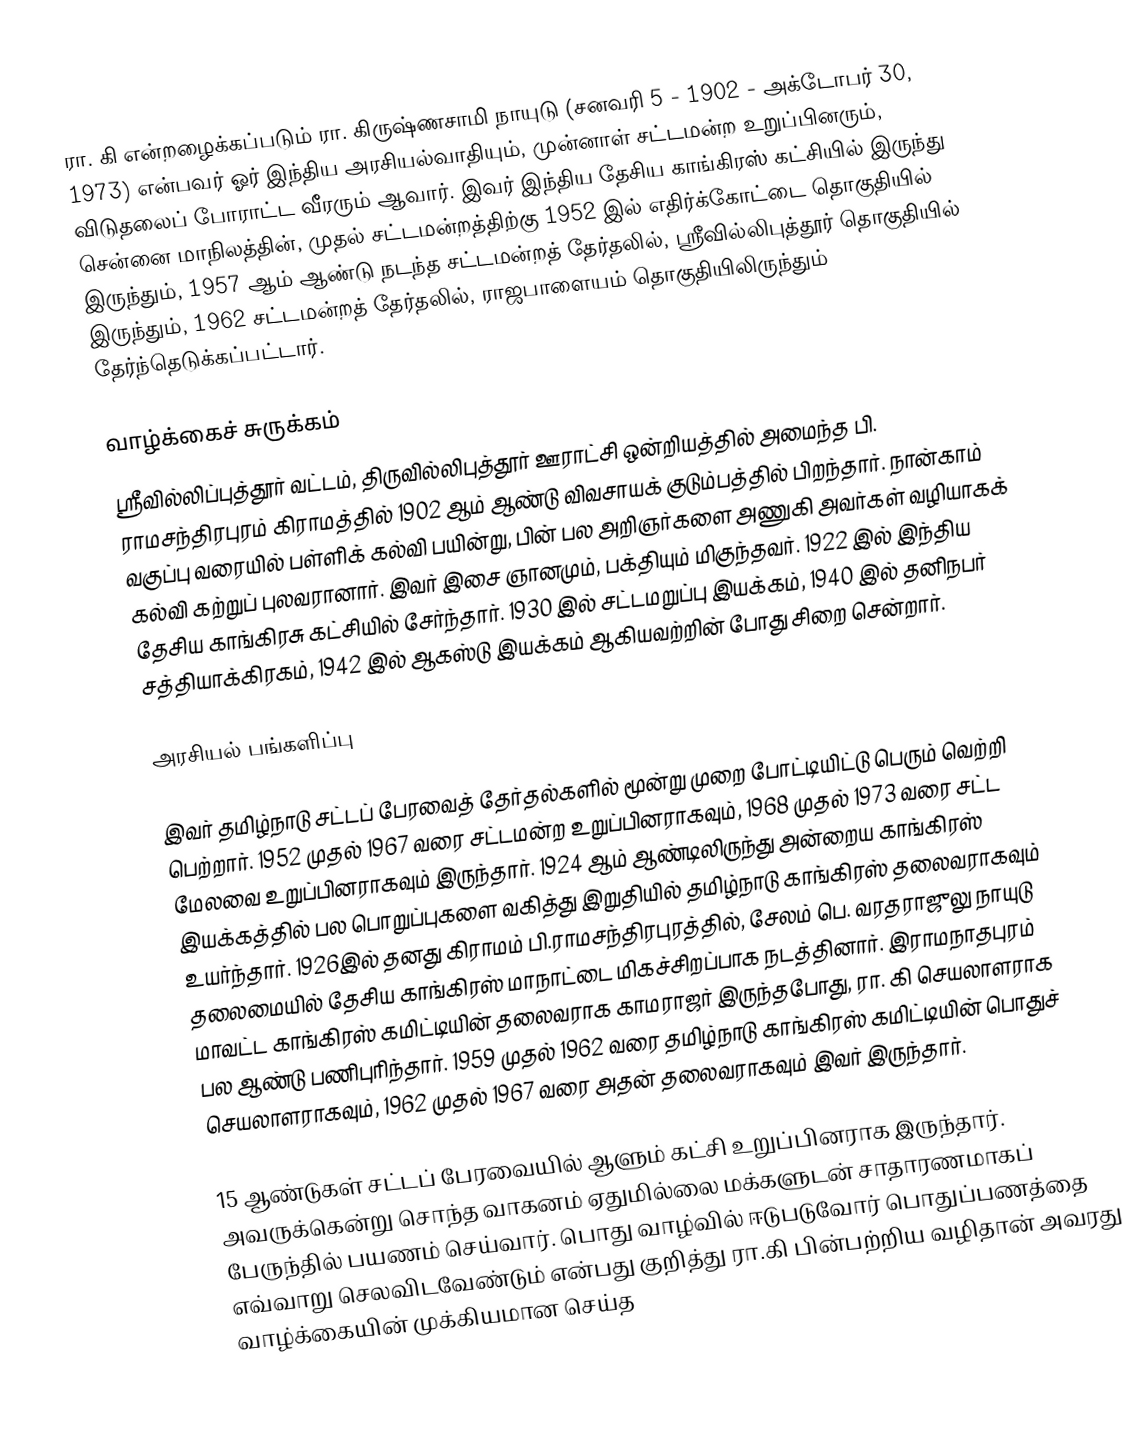
ரா. கி என்றழைக்கப்படும் ரா. கிருஷ்ணசாமி நாயுடு  (சனவரி 5 - 1902 - அக்டோபர் 30, 1973) என்பவர் ஓர் இந்திய அரசியல்வாதியும், முன்னாள் சட்டமன்ற உறுப்பினரும், விடுதலைப் போராட்ட வீரரும் ஆவார். இவர் இந்திய தேசிய காங்கிரஸ் கட்சியில் இருந்து சென்னை மாநிலத்தின், முதல் சட்டமன்றத்திற்கு 1952 இல் எதிர்க்கோட்டை  தொகுதியில் இருந்தும், 1957 ஆம் ஆண்டு நடந்த சட்டமன்றத் தேர்தலில், ஸ்ரீவில்லிபுத்தூர் தொகுதியில் இருந்தும், 1962 சட்டமன்றத் தேர்தலில், ராஜபாளையம் தொகுதியிலிருந்தும் தேர்ந்தெடுக்கப்பட்டார்.

வாழ்க்கைச் சுருக்கம்
ஸ்ரீவில்லிப்புத்தூர் வட்டம், திருவில்லிபுத்தூர் ஊராட்சி ஒன்றியத்தில் அமைந்த பி. ராமசந்திரபுரம்  கிராமத்தில் 1902 ஆம் ஆண்டு விவசாயக் குடும்பத்தில் பிறந்தார். நான்காம் வகுப்பு வரையில் பள்ளிக் கல்வி பயின்று, பின் பல அறிஞர்களை அணுகி அவர்கள் வழியாகக் கல்வி கற்றுப் புலவரானார். இவர் இசை ஞானமும், பக்தியும் மிகுந்தவர். 1922 இல் இந்திய தேசிய காங்கிரசு கட்சியில் சேர்ந்தார். 1930 இல் சட்டமறுப்பு இயக்கம், 1940 இல் தனிநபர் சத்தியாக்கிரகம், 1942 இல் ஆகஸ்டு இயக்கம் ஆகியவற்றின் போது சிறை சென்றார்.

அரசியல் பங்களிப்பு

இவர் தமிழ்நாடு சட்டப் பேரவைத் தேர்தல்களில் மூன்று முறை போட்டியிட்டு பெரும் வெற்றி பெற்றார். 1952 முதல் 1967 வரை சட்டமன்ற உறுப்பினராகவும், 1968 முதல் 1973 வரை சட்ட மேலவை உறுப்பினராகவும் இருந்தார். 1924 ஆம் ஆண்டிலிருந்து அன்றைய காங்கிரஸ் இயக்கத்தில் பல பொறுப்புகளை வகித்து இறுதியில் தமிழ்நாடு காங்கிரஸ் தலைவராகவும் உயர்ந்தார். 1926இல் தனது கிராமம் பி.ராமசந்திரபுரத்தில், சேலம் பெ. வரதராஜுலு நாயுடு தலைமையில் தேசிய காங்கிரஸ் மாநாட்டை மிகச்சிறப்பாக நடத்தினார். இராமநாதபுரம் மாவட்ட காங்கிரஸ் கமிட்டியின் தலைவராக காமராஜர் இருந்தபோது, ரா. கி செயலாளராக பல ஆண்டு பணிபுரிந்தார். 1959 முதல் 1962 வரை தமிழ்நாடு காங்கிரஸ் கமிட்டியின் பொதுச் செயலாளராகவும், 1962 முதல் 1967 வரை அதன் தலைவராகவும் இவர் இருந்தார்.

15 ஆண்டுகள் சட்டப் பேரவையில் ஆளும் கட்சி உறுப்பினராக இருந்தார். அவருக்கென்று சொந்த வாகனம் ஏதுமில்லை மக்களுடன் சாதாரணமாகப் பேருந்தில் பயணம் செய்வார். பொது வாழ்வில் ஈடுபடுவோர் பொதுப்பணத்தை எவ்வாறு செலவிடவேண்டும் என்பது குறித்து ரா.கி பின்பற்றிய வழிதான் அவரது வாழ்க்கையின் முக்கியமான செய்த